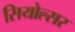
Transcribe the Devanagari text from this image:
सियोल्सर